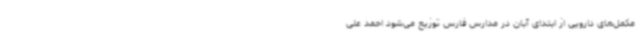
مکمل‌های دارویی از ابتدای آبان در مدارس فارس توزیع می‌شود احمد علی